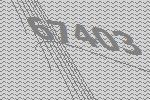
67403